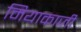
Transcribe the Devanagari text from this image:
मियाकाजी